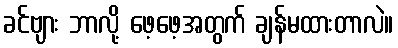
ခင်ဗျား ဘာလို့ ဖေ့ဖေ့အတွက် ချန်မထားတာလဲ။